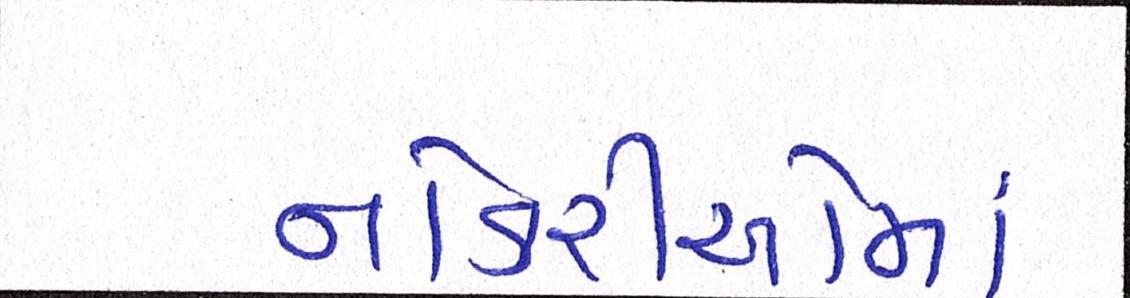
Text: નોકરીઓમાં